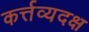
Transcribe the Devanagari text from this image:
कर्त्तव्यदक्ष